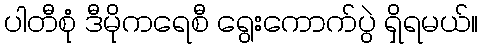
ပါတီစုံ ဒီမိုကရေစီ ရွေးကောက်ပွဲ ရှိရမယ်။